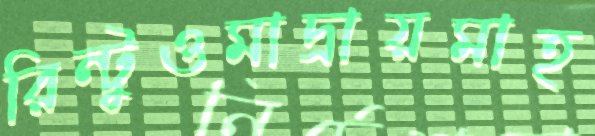
রিন্টুওমাদ্রায়মাহ